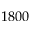
1 8 0 0